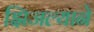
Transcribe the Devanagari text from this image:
झिजल्याने